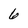
Character: 6